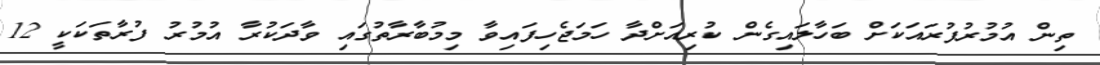
ތިން އުމުރުފުރައަކަށް ބަހާލައިގެން ކުރިއަށްދާ ހަމަޖެހިފައިވާ މިމުބާރާތުގައި ވާދަކުރާ އުމުރު ފުރާތަކަކީ 12